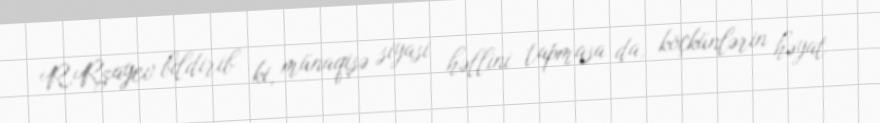
R.Rzayev bildirib ki, münaqişə siyasi həllini tapmasa da, köçkünlərin həyat